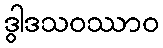
ဒွါဒသဝဿာဝ